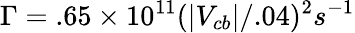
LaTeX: \Gamma=.65\times 10^{11}(|V_{cb}|/.04)^{2}s^{-1}